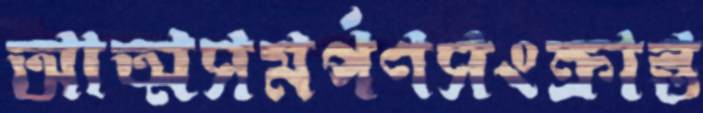
আত্মসমর্পণসংক্রান্ত